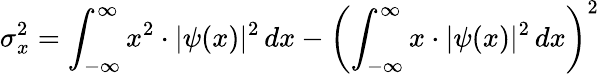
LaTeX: \sigma_{x}^{2}=\int_{-\infty}^{\infty}x^{2}\cdot|\psi(x)|^{2}\, dx-\left(\int_{-\infty}^{\infty}x\cdot|\psi(x)|^{2}\, dx\right)^{2}